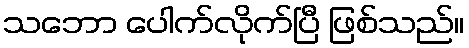
သဘော ပေါက်လိုက်ပြီ ဖြစ်သည်။